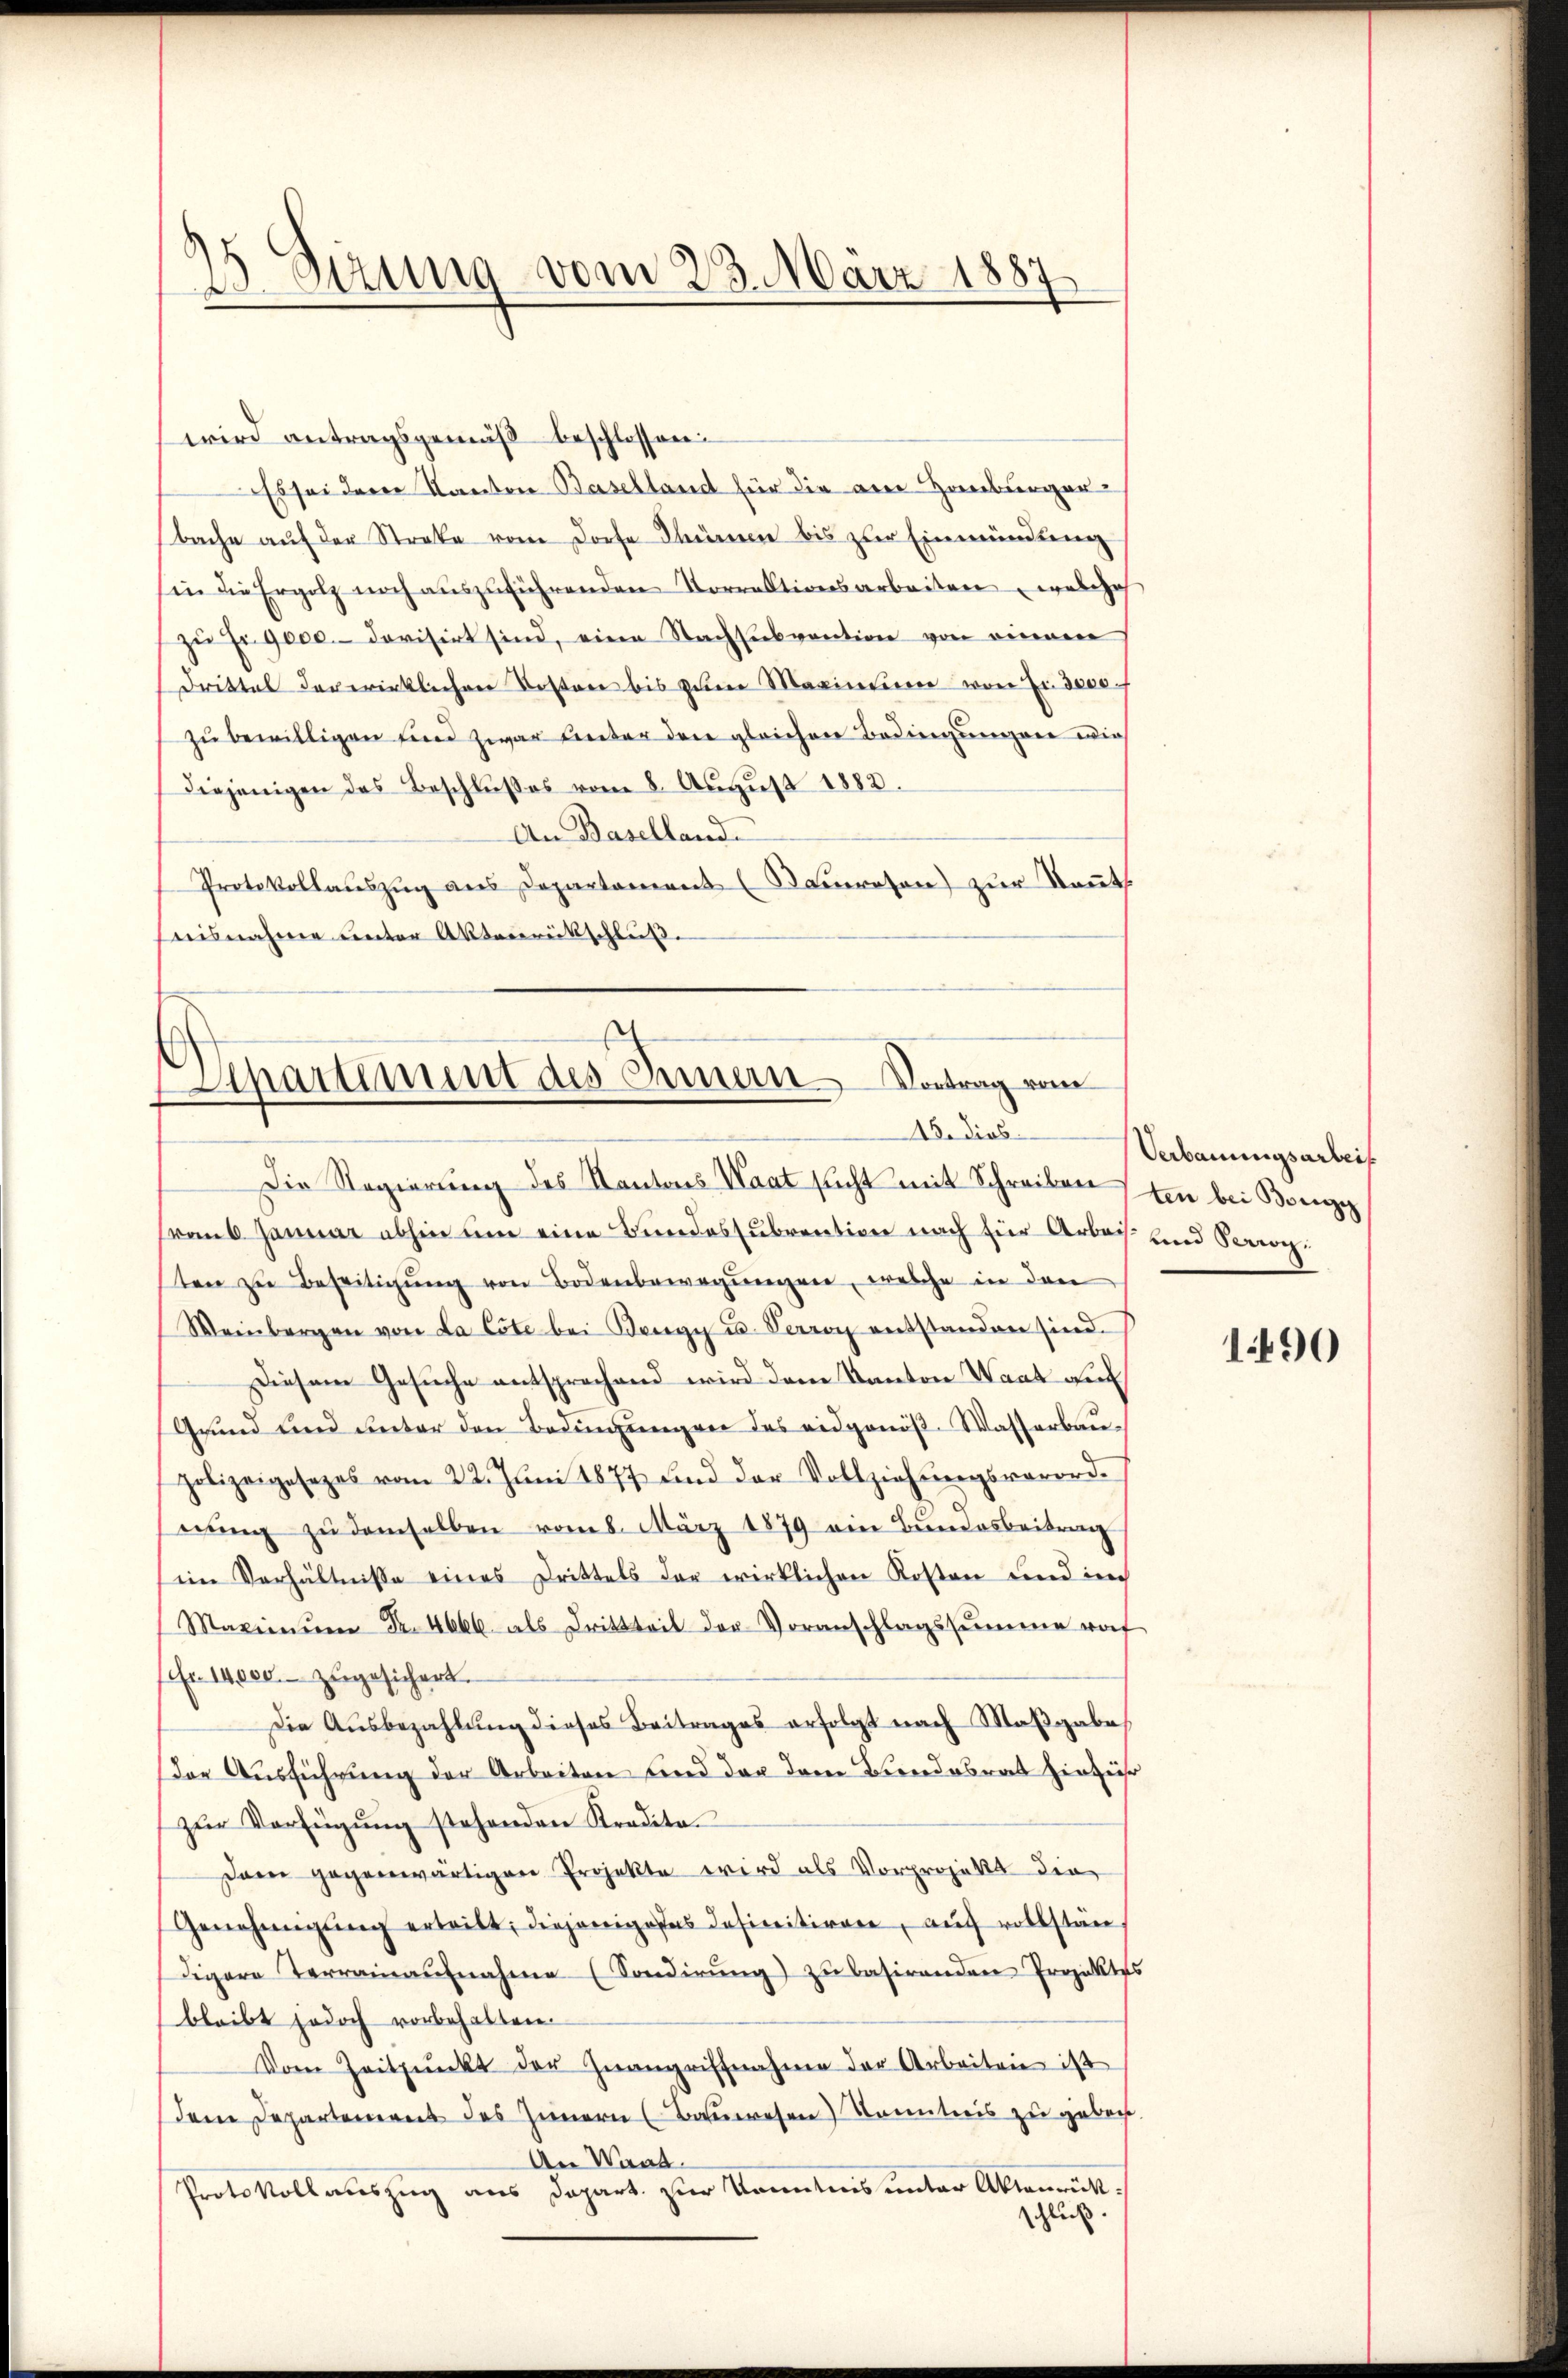
15 Särung vom 23. März 1887

wird antragsgemäß beschlossen:
Es sei der Kanton Baselland für die am Hamburger-
bache auf der Streke vom Dorfe Thürmen bis zur Einmündung
in die Ergolz noch auszuführenden Vorrektionsarbeiten welches
zu Fr. 9000.- devisirt sind, eine Nachsubvention von einem
Drittel derwirklichen Kosten bis zum Marinium von Er dere f
zu bewilligen und zwar unter den gleichen Bedingungen die
diejenigen des Beschlußes vom 8. August 1882.
An Baselland.
Protokollauszug aus Departament (Bauwesen) zur Kennt
nisnahme unter Aktenrückschluß.

Apartement des Innern Vortrag vom
48. Dies

Die Regierung des Kantons Waat sucht mit Schreiben ten bei Brinzig
vom 6. Januar abhin um eine Bundessubvention nach für Arbei und Sorgten zu Beseitigŭng von Bodenbewegungen, welche in den
Weinbergen von La Cote bei Bengy u. Verroy entstanden sind.
Diesem Gesuche entsprochend wird dem Kanton Waat auf
Grund und unter den Bedingungen des eidgenös- Wasserbaupolizeigesezes vom 22. Juni 1877 und der Vollziehŭngsverord-
nŭng zŭ demselben vom 8. März 1879 ein Bundesbeitrag
ein Verhältnisse eines Drittels der wirklichen Kosten und im
Maximŭm Fr. 4666 als Drittteil der Voranschlagssumme wof
sfr. 14000. zugesichert.
Die Ausbezahlung dieses Beitrages erfolgt nach Maßgabes
Der Ausführung der Arbeiten und der dem Beredabrat hinzuse
zur Verfügung stehenden Kredita¬
Dam gegenwärtiger Projekte wird als Vorprojekt den
Genehmigŭng erteilt; diejenige das Insinitiren, aŭf vollstän
digere Terrainaŭfnahme (Sondirŭng zŭ basirenden Projektes
bleibt jedoch vorbehalten.
Vom Zeitpunkt der Zwangriffnahme der Arbeiten ist
dem Departement des Innern (Bauwesen) Kenntnis zu geben.
An Waad
Protokollauszug aus Depart. zur Kenntnis unter Aktenrückschluß.

Verbauungsarbeit

1490